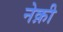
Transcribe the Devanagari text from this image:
नेक़ी